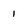
Character: 1